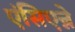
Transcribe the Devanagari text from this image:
एंसिएन्ने